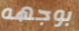
بوجهه